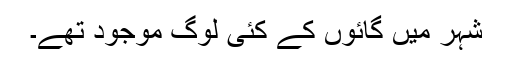
شہر میں گائوں کے کئی لوگ موجود تھے۔